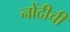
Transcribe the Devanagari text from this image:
नोंदीची